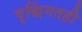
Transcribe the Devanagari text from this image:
वृद्धिंगतही